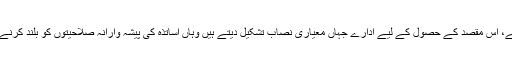
اس کا سب سے اہم ذریعہ تعلیم اور تربیت ہے، اس مقصد کے حصول کے لیے ادارے جہاں معیاری نصاب تشکیل دیتے ہیں وہاں اساتذہ کی پیشہ وارانہ صلاحیتوں کو بلند کرنے کے لیے تربیتِ اساتذہ کا اہتمام بھی اہم ہے۔